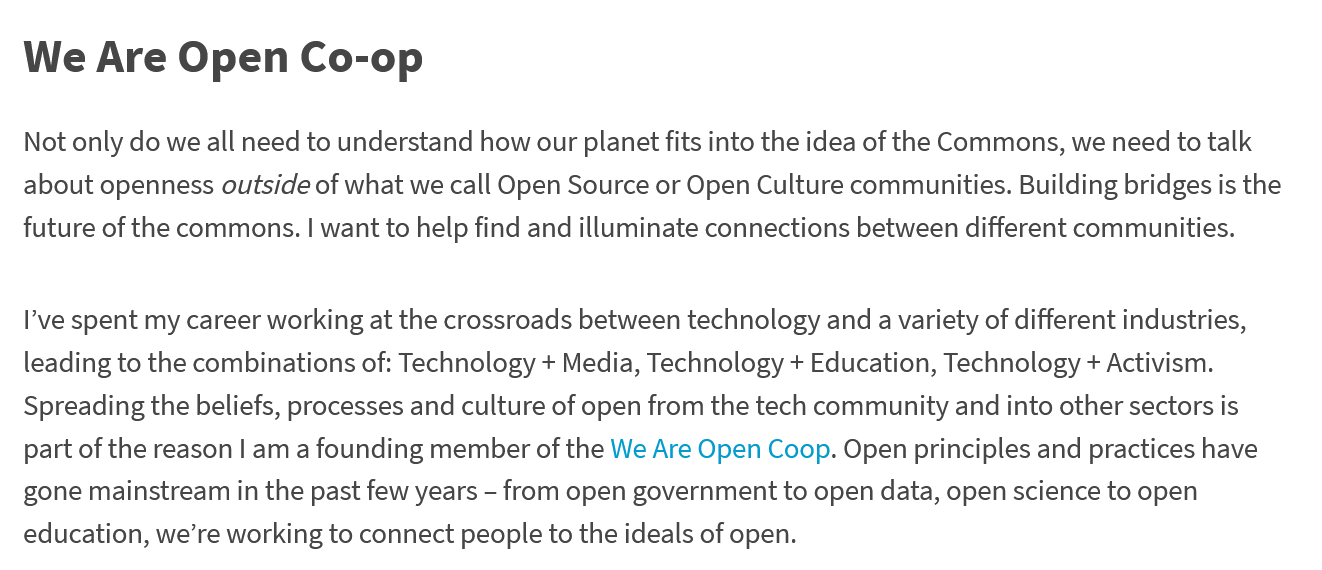
We    Are   Open    Co-op
  Not only do we all need to understand how our planet fits into the idea of the Commons, we need to talk
  about openness outside of what we call Open Source or Open Culture communities. Building bridges is the
  future of the commons. | want to help find and illuminate connections between different communities.
  I’ve spent my career working at the crossroads between technology and a variety of different industries,
  leading to the combinations of: Technology + Media, Technology + Education, Technology + Activism.
  Spreading the beliefs, processes and culture of open from the tech community and into other sectors is
  part of the reason | am a founding member of the We Are Open Coop. Open principles and practices have
  gone mainstream in the past few years
     -
     from open government to open data, open science to open
  education, we’re working to connect people to the ideals of open.